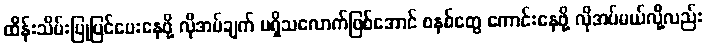
ထိန်းသိမ်းပြုပြင်ပေးနေဖို့ လိုအပ်ချက် မရှိသလောက်ဖြစ်အောင် စနစ်တွေ ကောင်းနေဖို့ လိုအပ်မယ်လို့လည်း